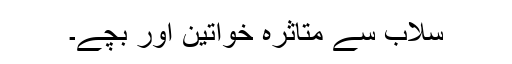
سلاب سے متاثرہ خواتین اور بچے۔